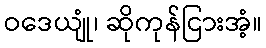
ဝဒေယျုံ၊ ဆိုကုန်ငြားအံ့။